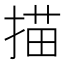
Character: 描